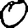
Digit: 0